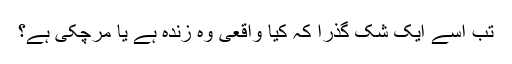
تب اسے ایک شک گذرا کہ کیا واقعی وہ زندہ ہے یا مرچکی ہے؟